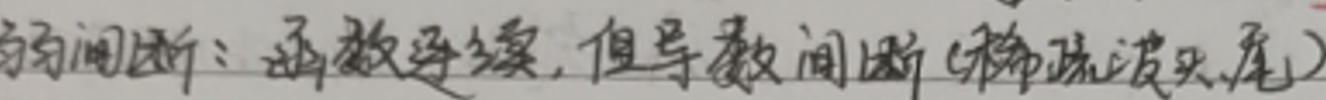
弱间断：函数连续，但导数间断（称弱间断）